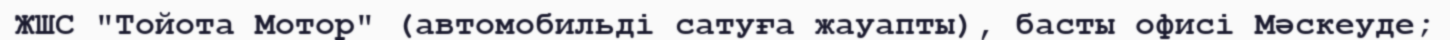
ЖШС "Тойота Мотор" (автомобильді сатуға жауапты), басты офисі Мәскеуде;